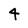
Character: 4